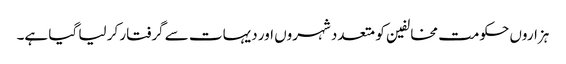
ہزاروں حکومت مخالفین کو متعدد شہروں اور دیہات سے گرفتار کر لیا گیا ہے۔